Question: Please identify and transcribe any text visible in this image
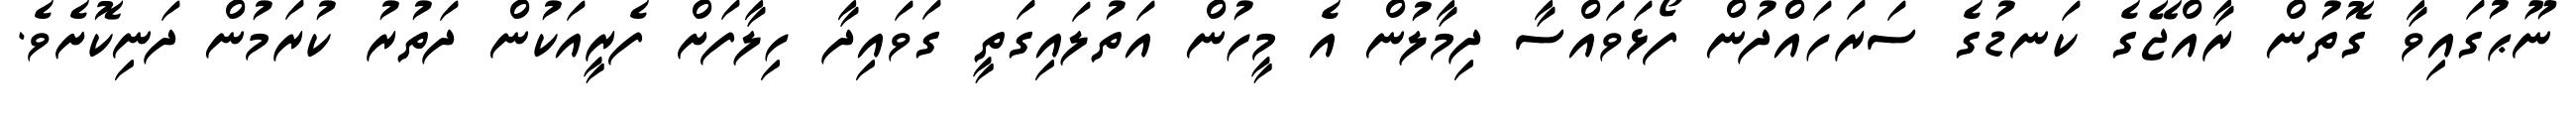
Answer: ނޫޙުގައިވާ ގޮތުން ރާއްޖޭގެ ކަނޑުގެ ސަރަހައްދުން ފޯޅަވައްސާ ދިމާލުން އެ މީހުން އަތުލައިގަތީ ގަވައިދާ ހިލާފަށް ފެރީއަކުން ދަތުރު ކުރަމުން ދަނިކޮށެވެ.